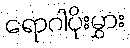
ရောဂါပိုးမွှား